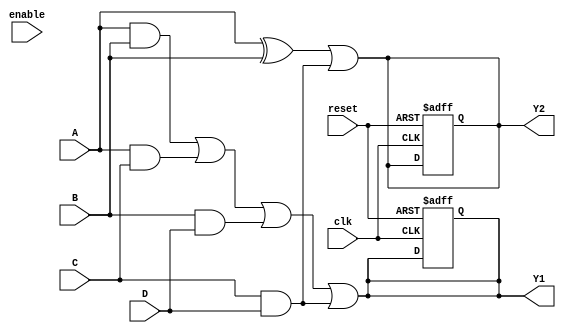
module CLB (
    input  wire A,         // Input A
    input  wire B,         // Input B
    input  wire C,         // Input C
    input  wire D,         // Input D
    input  wire clk,       // Global clock signal
    input  wire reset,     // Global reset signal
    input  wire enable,     // Enable signal for output validity
    output reg Y1,         // Output Y1
    output reg Y2          // Output Y2
);

// Configuration memory for the programmable AND array
reg [3:0] and_config;  // Configuration for AND gates (4 product terms)
reg [3:0] or_config;   // Configuration for OR gates (2 outputs)

// Internal signals for product terms
wire p1, p2, p3, p4;

// Programmable AND array (AND operations based on configuration)
assign p1 = (and_config[0] ? (A & B) : 1'b0) |
            (and_config[1] ? (A & C) : 1'b0) |
            (and_config[2] ? (B & D) : 1'b0) |
            (and_config[3] ? (C & D) : 1'b0);

// Programmable OR array
always @(*) begin
    case (or_config)
        4'b0001: Y1 = p1;
        4'b0010: Y1 = p2;
        4'b0100: Y1 = p3;
        4'b1000: Y1 = p4;
        default: Y1 = 1'b0; // Default case if no configuration is selected
    endcase
end

// Example output logic for Y2
always @(*) begin
    Y2 = (A ^ B) | (C & D); // Example function for demonstration
end

// Control logic for output stability and enable
always @(posedge clk or posedge reset) begin
    if (reset) begin
        Y1 <= 1'b0;
        Y2 <= 1'b0;
    end else if (enable) begin
        // Update outputs
        Y1 <= Y1;
        Y2 <= Y2;
    end
end

// Initial configuration (for simulation purposes)
initial begin
    and_config = 4'b1111; // Enable all product terms
    or_config  = 4'b0001; // Output Y1 from p1
end

endmodule